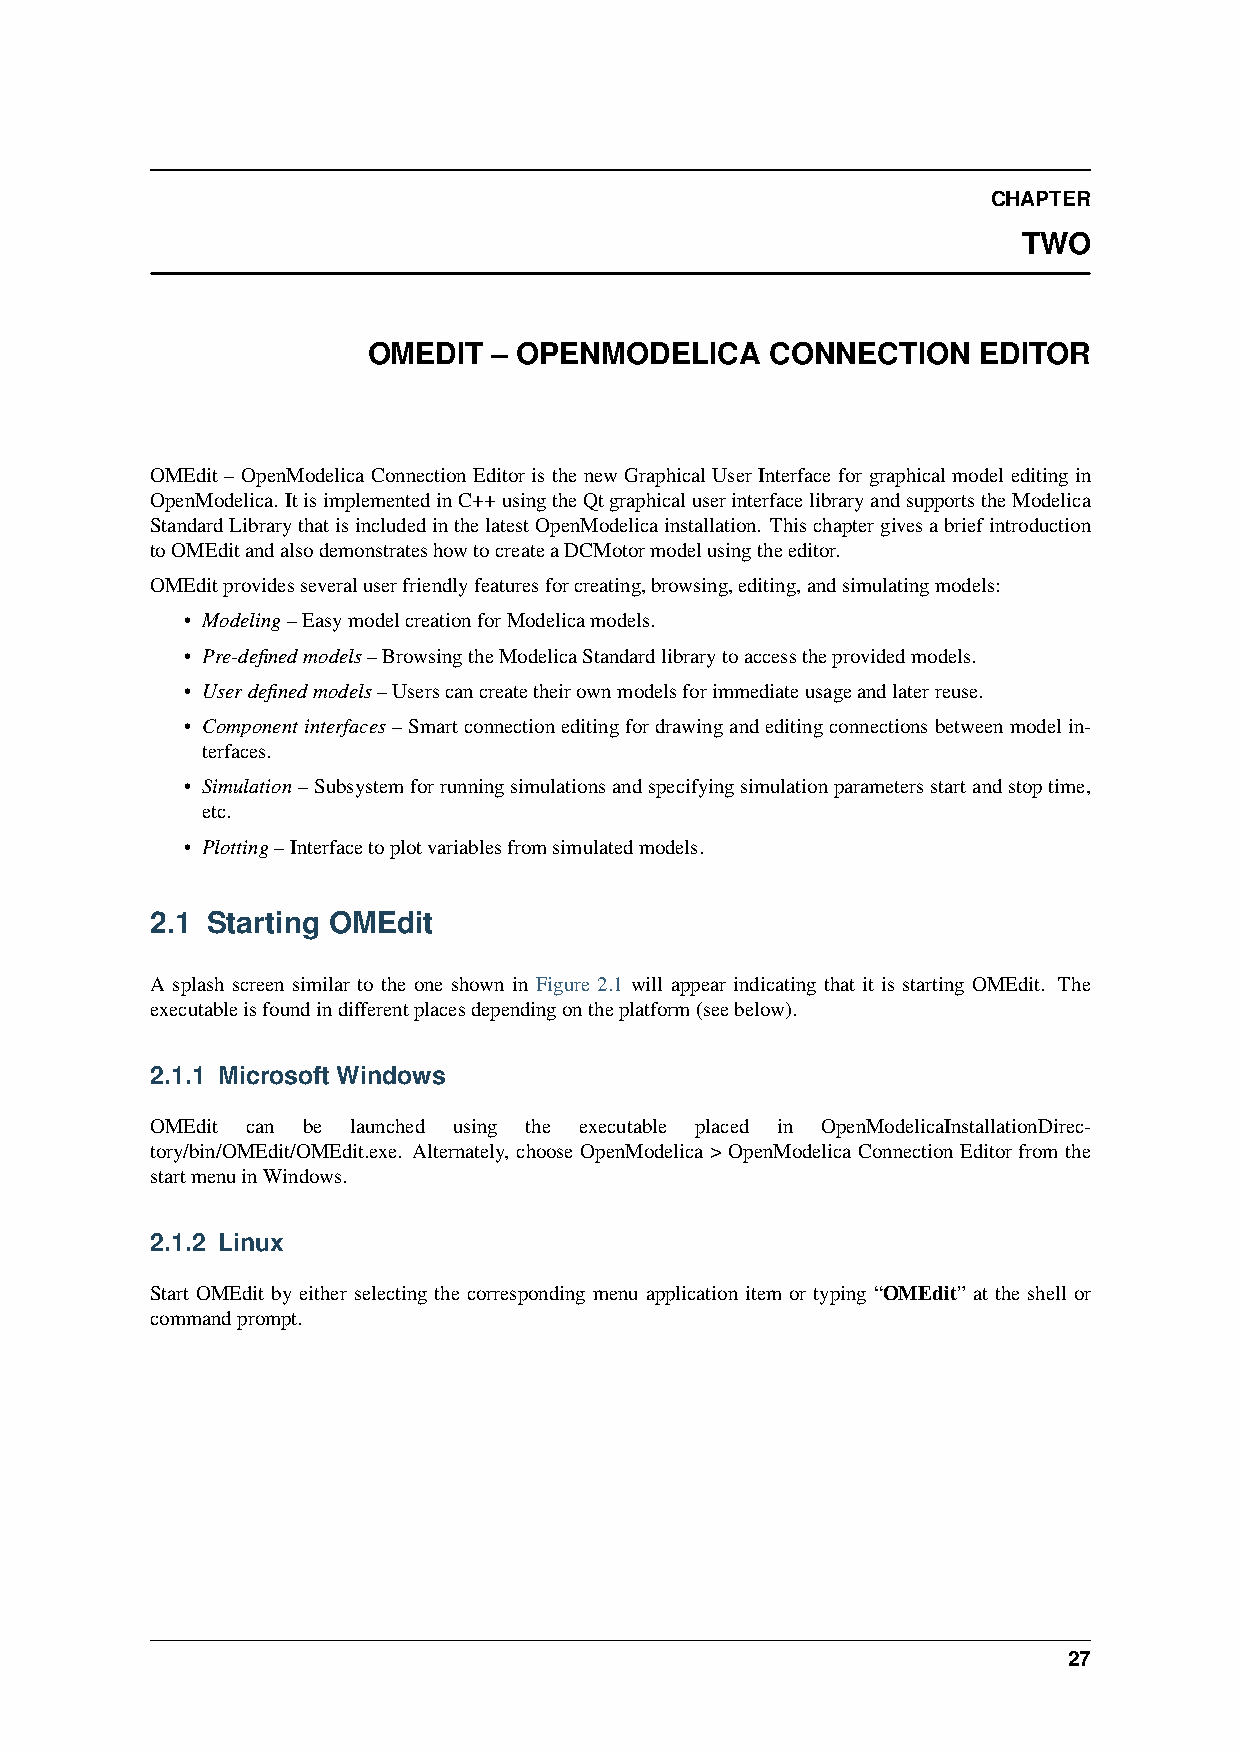
CHAPTER
 TWO
 OMEDIT   – OPENMODELICA    CONNECTION    EDITOR
 OMEdit – OpenModelica Connection Editor is the new Graphical User Interface for graphical model editing in
 OpenModelica. ItisimplementedinC++usingtheQtgraphicaluserinterfacelibraryandsupportstheModelica
 StandardLibrarythatisincludedinthelatestOpenModelicainstallation. Thischaptergivesabriefintroduction
 toOMEditandalsodemonstrateshowtocreateaDCMotormodelusingtheeditor.
 OMEditprovidesseveraluserfriendlyfeaturesforcreating,browsing,editing,andsimulatingmodels:
 • Modeling–EasymodelcreationforModelicamodels.
 • Pre-definedmodels–BrowsingtheModelicaStandardlibrarytoaccesstheprovidedmodels.
 • Userdefinedmodels–Userscancreatetheirownmodelsforimmediateusageandlaterreuse.
 • Componentinterfaces–Smartconnectioneditingfordrawingandeditingconnectionsbetweenmodelin-
 terfaces.
 • Simulation–Subsystemforrunningsimulationsandspecifyingsimulationparametersstartandstoptime,
 etc.
 • Plotting–Interfacetoplotvariablesfromsimulatedmodels.
 2.1 Starting OMEdit
 A splash screen similar to the one shown in Figure 2.1 will appear indicating that it is starting OMEdit. The
 executableisfoundindifferentplacesdependingontheplatform(seebelow).
 2.1.1 Microsoft Windows
 OMEdit can be launched using the executable placed in OpenModelicaInstallationDirec-
 tory/bin/OMEdit/OMEdit.exe. Alternately, choose OpenModelica > OpenModelica Connection Editor from the
 startmenuinWindows.
 2.1.2 Linux
 Start OMEdit by either selecting the corresponding menu application item or typing “OMEdit” at the shell or
 commandprompt.
 27